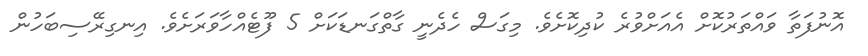
އޮނުފަތާ ވައްތަރުކޮށް އެއަށްވުރެ ކުދިކޮށެވެ. މިގަސް ހެދެނީ ގާތްގަނޑަކަށް 5 ފޫޓެއްހާވަރަށެވެ. އިނގިރޭސިބަހުން